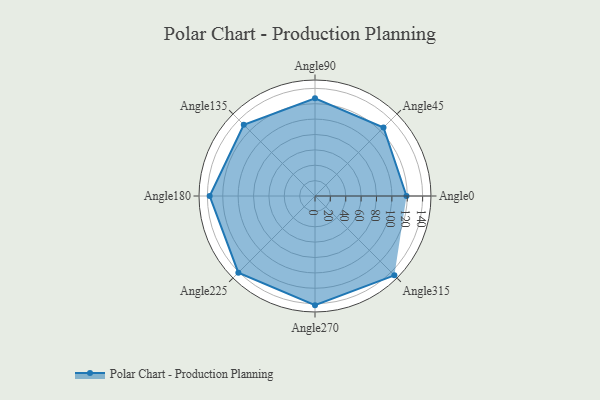
{"axis": {"x": "Angle", "y": "Radius"}, "legend": [""], "data": [{"x": "Angle0", "y": 119.0, "type": ""}, {"x": "Angle45", "y": 126.0, "type": ""}, {"x": "Angle90", "y": 127.0, "type": ""}, {"x": "Angle135", "y": 131.0, "type": ""}, {"x": "Angle180", "y": 137.0, "type": ""}, {"x": "Angle225", "y": 141.0, "type": ""}, {"x": "Angle270", "y": 142.0, "type": ""}, {"x": "Angle315", "y": 146.0, "type": ""}]}